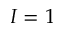
I = 1